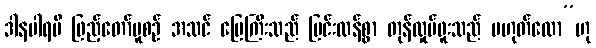
ဒါနပါရမီ ဖြည့်တော်မူစဉ် အသင် မြေကြီးသည် ပြင်းထန်စွာ တုန်လှုပ်ဖူးသည် မဟုတ်လော”ဟု